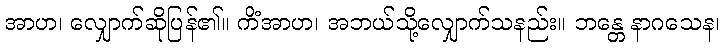
အာဟ၊ လျှောက်ဆိုပြန်၏။ ကိံအာဟ၊ အဘယ်သို့လျှောက်သနည်း။ ဘန္တေ နာဂသေန၊